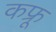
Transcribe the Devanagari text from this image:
कफ्रू